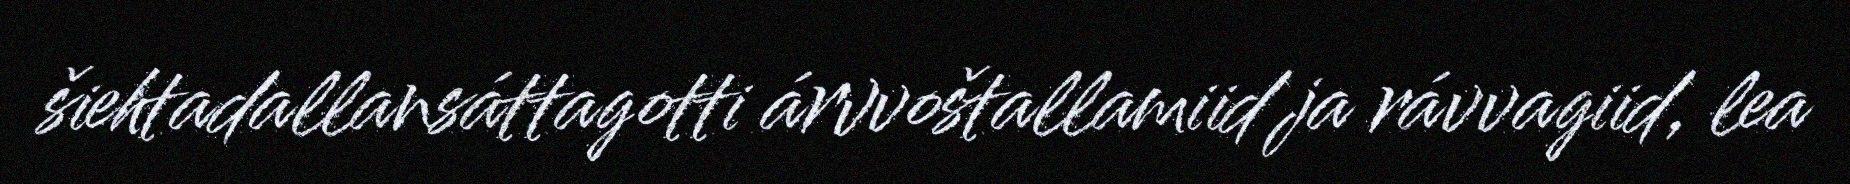
šiehtadallansáttagotti árvvoštallamiid ja rávvagiid, lea